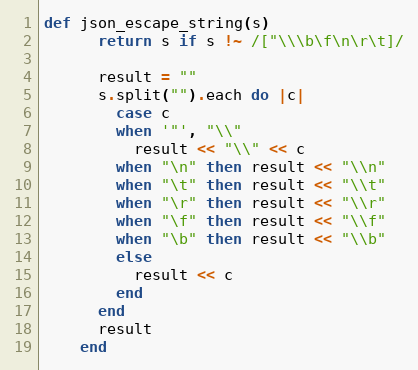
Language: Ruby
def json_escape_string(s)
      return s if s !~ /["\\\b\f\n\r\t]/

      result = ""
      s.split("").each do |c|
        case c
        when '"', "\\"
          result << "\\" << c
        when "\n" then result << "\\n"
        when "\t" then result << "\\t"
        when "\r" then result << "\\r"
        when "\f" then result << "\\f"
        when "\b" then result << "\\b"
        else
          result << c
        end
      end
      result
    end